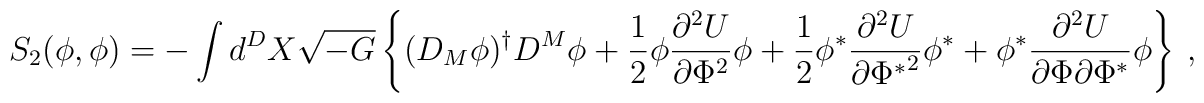
S_2(\phi,\phi)=-\int d^D X \sqrt{-G}\left\{(D_M\phi)^{\dagger} D^M \phi+\frac{1}{2}\phi \frac{\partial^2 U}{\partial \Phi^2}\phi+\frac{1}{2}\phi^* \frac{\partial^2 U}{\partial {\Phi^*}^2}\phi^*+\phi^*\frac{\partial^2 U}{\partial \Phi\partial \Phi^*}\phi\right\}~,